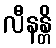
လီနန္တိ